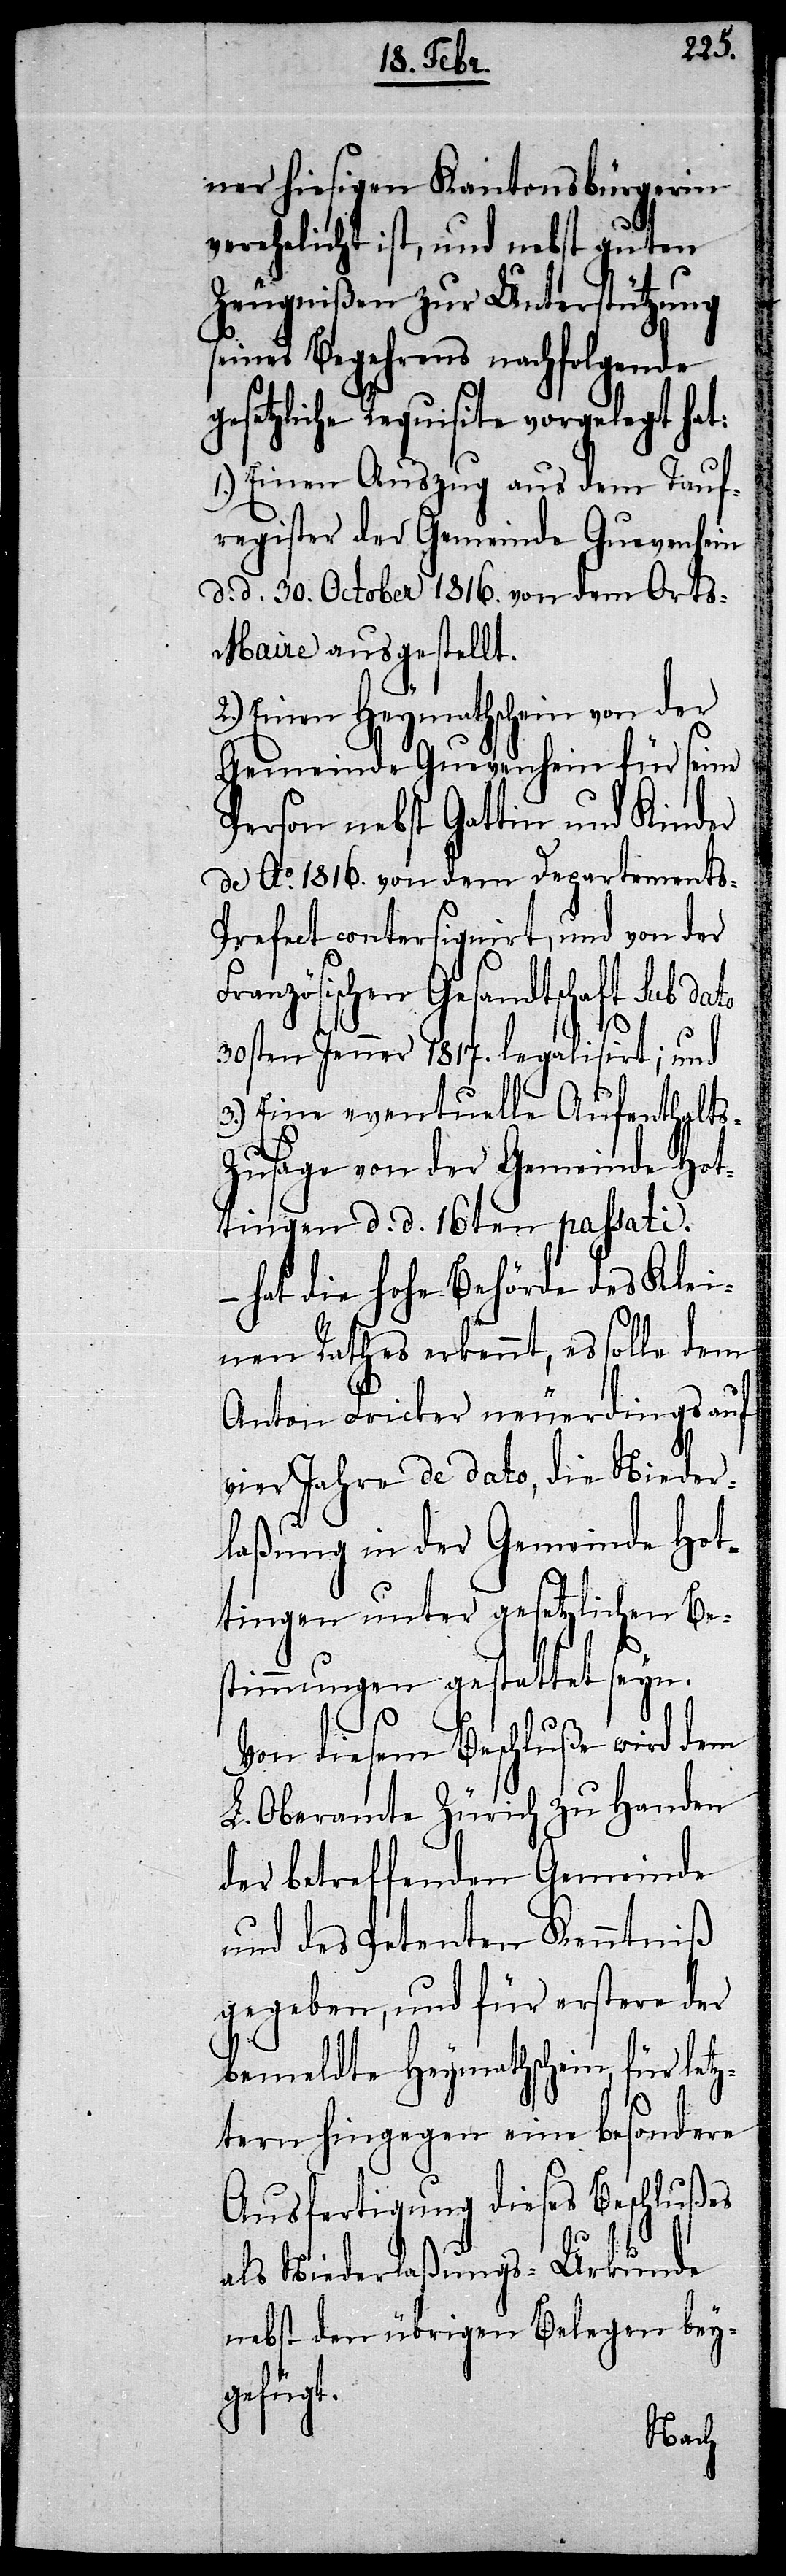
ner hiesigen Kantonsbürgerin
verehelicht ist, und nebst guten
Zeugnißen zur Unterstützung
seines Begehrens nachfolgende
gesetzliche Requisite vorgelegt hat:
1.) Einen Auszug aus dem Tauf¬
register der Gemeinde Guevenhein
d. d. 30. October 1816. von dem Ort¬
s-Maire ausgestellt.
2.) Einen Heymathschein von der
Gemeinde Guevenhein für seine
Person nebst Gattin und Kinder
de Ao. 1816. von dem Departements-P¬
refect contersignirt, und von der
Französischen Gesandtschaft Sub dato
30sten Jenner 1817. legalisirt; und
3.) Eine eventuelle Aufenthalt¬
s-Zusage von der Gemeinde Hot¬
tingen d. d. 16ten passati.
– hat die hohe Behörde des Klei¬
nen Rathes erkennt, es solle dem
Anton Fricker neuerdings auf
vier Jahre de dato, die Nieder¬
laßung in der Gemeinde Hot¬
tingen unter gesetzlichen Be¬
stimmungen gestattet seyn.
Von diesem Beschluße wird dem
L. Oberamte Zürich zu Handen
der betreffenden Gemeinde
und des Petenten Kenntniß
gegeben, und für erstere der
bemeldte Heymathschein, für let¬
ztern hingegen eine besondere
Ausfertigung dieses Beschlußes
als Niederlaßungs-Urkunde
nebst den übrigen Belegen bey¬
gefügt.